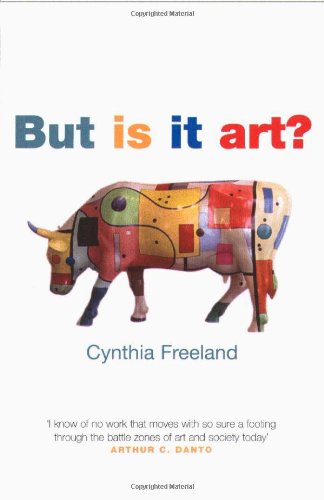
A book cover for But Is It Art?: An Introduction to Art Theory; Cynthia Freeland; Politics & Social Sciences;